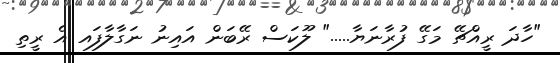
"ހާދަ ރީއްޗޭ މަގޭ ފުރާނަޔާ....." ލޫކަސް ރޭބަން އައިނު ނަގާލާފައ އެ ރީތި